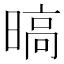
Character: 𣉞